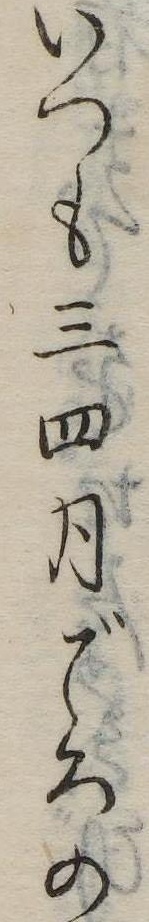
いつも三四月ごろの